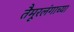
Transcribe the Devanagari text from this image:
तैमूरलंगाच्या